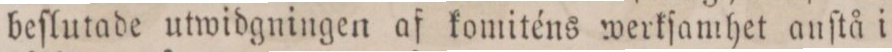
beſlutade utwidgningen af komiténs werkſamhet anſtå i